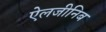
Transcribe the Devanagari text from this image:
ऐलजीनिब